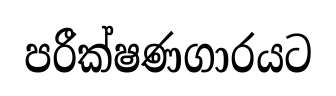
පරීක්ෂණගාරයට